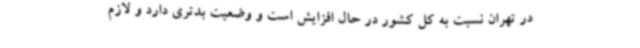
در تهران نسبت به کل کشور در حال افزایش است و وضعیت بدتری دارد و لازم